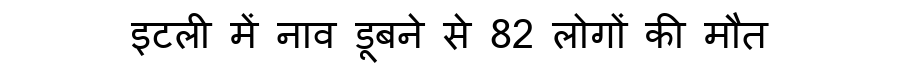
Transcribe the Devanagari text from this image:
इटली में नाव डूबने से 82 लोगों की मौत